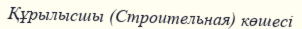
Құрылысшы (Строительная) көшесі